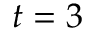
t = 3